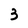
Character: 3